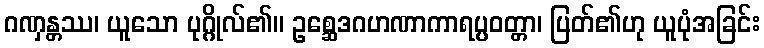
ဂဏှန္တဿ၊ ယူသော ပုဂ္ဂိုလ်၏။ ဥစ္ဆေဒဂဟဏာကာရပ္ပဝတ္တာ၊ ပြတ်၏ဟု ယူပုံအခြင်း